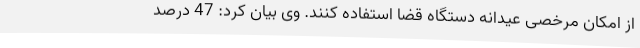
از امکان مرخصی عیدانه دستگاه قضا استفاده کنند. وی بیان کرد: 47 درصد